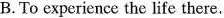
B. To experience the life there.